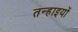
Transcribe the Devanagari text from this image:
तन्हाइयों